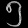
Digit: ၅